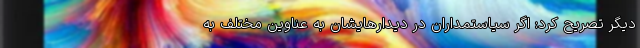
دیگر تصریح کرد: اگر سیاستمداران در دیدارهایشان به عناوین مختلف به